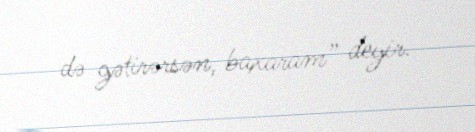
də gətirərsən, baxaram” deyir.